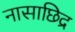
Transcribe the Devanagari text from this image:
नासाछिद्र